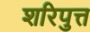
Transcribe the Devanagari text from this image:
शरिपुत्त